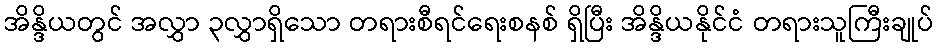
အိန္ဒိယတွင် အလွှာ ၃လွှာရှိသော တရားစီရင်ရေးစနစ် ရှိပြီး အိန္ဒိယနိုင်ငံ တရားသူကြီးချုပ်